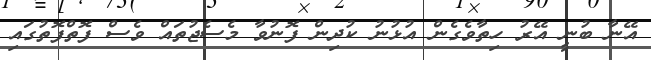
އޭނާ ބުނީ އޭރު ހިތާވެގެން އުޅުނު ކުދިން ފޮނުވާ މެސެޖުތައް ވެސް ފޮތްފޮތުގައި